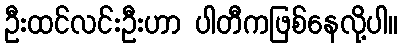
ဦးထင်လင်းဦးဟာ ပါတီကဖြစ်နေလို့ပါ။